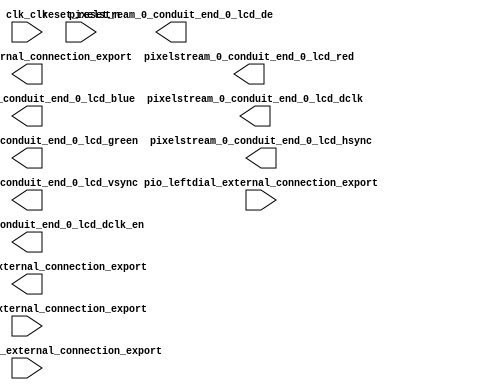

module clarvi_soc (
	clk_clk,
	pio_displaybuttons_external_connection_export,
	pio_hexdigits_external_connection_export,
	pio_leds_external_connection_export,
	pio_leftdial_external_connection_export,
	pio_rightdial_external_connection_export,
	pixelstream_0_conduit_end_0_lcd_red,
	pixelstream_0_conduit_end_0_lcd_green,
	pixelstream_0_conduit_end_0_lcd_blue,
	pixelstream_0_conduit_end_0_lcd_hsync,
	pixelstream_0_conduit_end_0_lcd_vsync,
	pixelstream_0_conduit_end_0_lcd_de,
	pixelstream_0_conduit_end_0_lcd_dclk,
	pixelstream_0_conduit_end_0_lcd_dclk_en,
	reset_reset_n);	

	input		clk_clk;
	input	[15:0]	pio_displaybuttons_external_connection_export;
	output	[23:0]	pio_hexdigits_external_connection_export;
	output	[9:0]	pio_leds_external_connection_export;
	input	[7:0]	pio_leftdial_external_connection_export;
	input	[7:0]	pio_rightdial_external_connection_export;
	output	[7:0]	pixelstream_0_conduit_end_0_lcd_red;
	output	[7:0]	pixelstream_0_conduit_end_0_lcd_green;
	output	[7:0]	pixelstream_0_conduit_end_0_lcd_blue;
	output		pixelstream_0_conduit_end_0_lcd_hsync;
	output		pixelstream_0_conduit_end_0_lcd_vsync;
	output		pixelstream_0_conduit_end_0_lcd_de;
	output		pixelstream_0_conduit_end_0_lcd_dclk;
	output		pixelstream_0_conduit_end_0_lcd_dclk_en;
	input		reset_reset_n;
endmodule